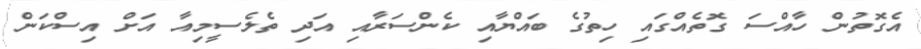
އެގޮތުން ހާއްސަ ގޮތެއްގައި ހިތުގެ ބައްޔާއި ކެންސަރާއި އަދި ތެލެސީމިއާ އަށް އިސްކަން